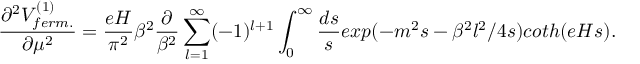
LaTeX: \frac { \partial ^ { 2 } V _ { f e r m . } ^ { ( 1 ) } } { \partial \mu ^ { 2 } } = \frac { e H } { \pi ^ { 2 } } \beta ^ { 2 } \frac { \partial } { \beta ^ { 2 } } \sum _ { l = 1 } ^ { \infty } ( - 1 ) ^ { l + 1 } \int _ { 0 } ^ { \infty } \frac { d s } { s } e x p ( - m ^ { 2 } s - \beta ^ { 2 } l ^ { 2 } / 4 s ) c o t h ( e H s ) .